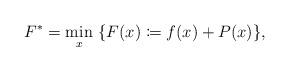
LaTeX: \begin{align*}F^*=\min_{x} \ \{F(x)\coloneqq f(x)+ P(x)\}, \end{align*}